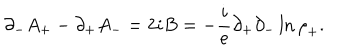
{ \partial } _ { - } A _ { + } - { \partial } _ { + } A _ { - } = 2 i B = - { \frac { i } { e } } { \partial } _ { + } { \partial } _ { - } \ln { { \rho } _ { + } } .